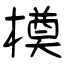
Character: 橂